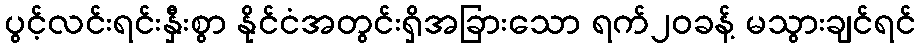
ပွင့်လင်းရင်းနှီးစွာ နိုင်ငံအတွင်းရှိအခြားသော ရက်၂၀ခန့် မသွားချင်ရင်